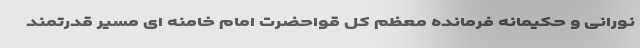
نورانی و حکیمانه فرمانده معظم کل قواحضرت امام خامنه ای مسیر قدرتمند